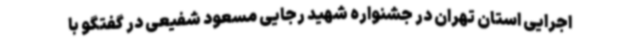
اجرایی استان تهران در جشنواره شهید رجایی مسعود شفیعی در گفتگو با